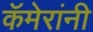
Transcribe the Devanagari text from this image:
कॅमेरांनी